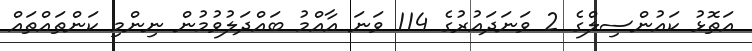
އަތޮޅު ކައުންސިލްގެ 2 ވަނަދައުރުގެ 114 ވަނަ އާއްމު ބައްދަލުވުމުން ނިންމި ކަންތައްތައް